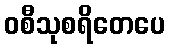
ဝစီသုစရိတေပေ